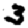
Digit: 3